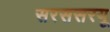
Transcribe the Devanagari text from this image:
सरससरयू